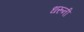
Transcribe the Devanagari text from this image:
धरूनी